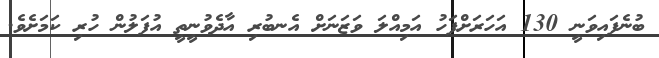
ބުނެފައިވަނީ 130 އަހަރަށްފަހު އަމިއްލަ ވަޒަނަށް އެނބުރި އާދެވުނީތީ އުފަލުން ހުރި ކަމަށެވެ.